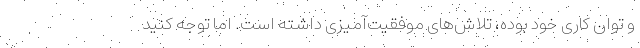
و توان کاری خود بوده، تلاش‌های موفقیت‌آمیزی داشته است. اما توجه کنید